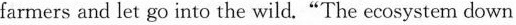
farmers and let go into the wild."The ecosystem down